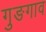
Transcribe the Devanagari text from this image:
गुङगाव